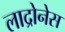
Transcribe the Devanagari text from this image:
लाद्रोनेस